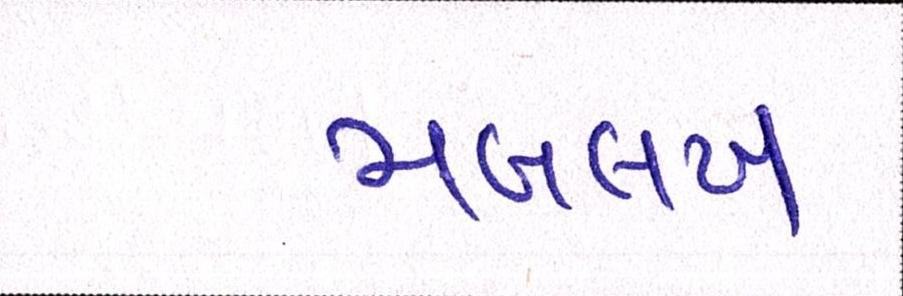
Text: મબલખ